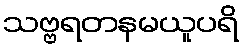
သဗ္ဗရတနမယူပရိ